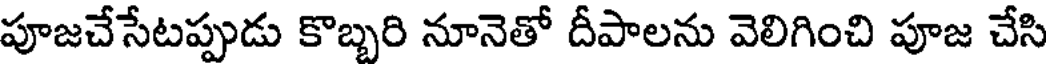
పూజచేసేటప్పుడు కొబ్బరి నూనెతో దీపాలను వెలిగించి పూజ చేసి